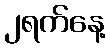
၂ရက်နေ့